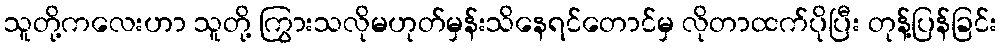
သူတို့ကလေးဟာ သူတို့ ကြွားသလိုမဟုတ်မှန်းသိနေရင်တောင်မှ လိုတာထက်ပိုပြီး တုန့်ပြန်ခြင်း